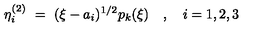
\eta _ { i } ^ { ( 2 ) } \ = \ ( \xi - a _ { i } ) ^ { 1 / 2 } p _ { k } ( \xi ) \quad , \quad i = 1 , 2 , 3